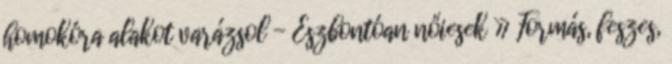
homokóra alakot varázsol - Észbontóan nőiesek » Formás, feszes,